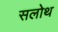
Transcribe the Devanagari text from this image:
सलोथ